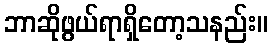
ဘာဆိုဖွယ်ရာရှိတော့သနည်း။